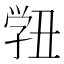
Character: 𭓓